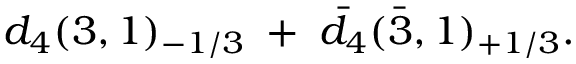
d _ { 4 } ( 3 , 1 ) _ { - 1 / 3 } \; + \; \bar { d } _ { 4 } ( \bar { 3 } , 1 ) _ { + 1 / 3 } .